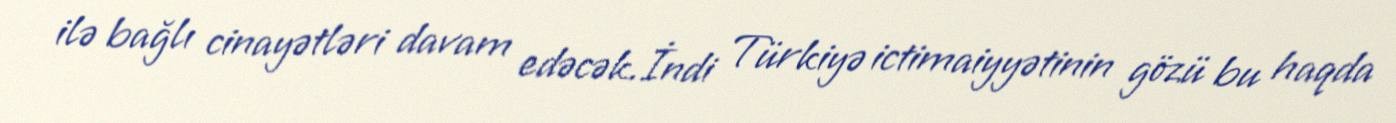
ilə bağlı cinayətləri davam edəcək.İndi Türkiyə ictimaiyyətinin gözü bu haqda